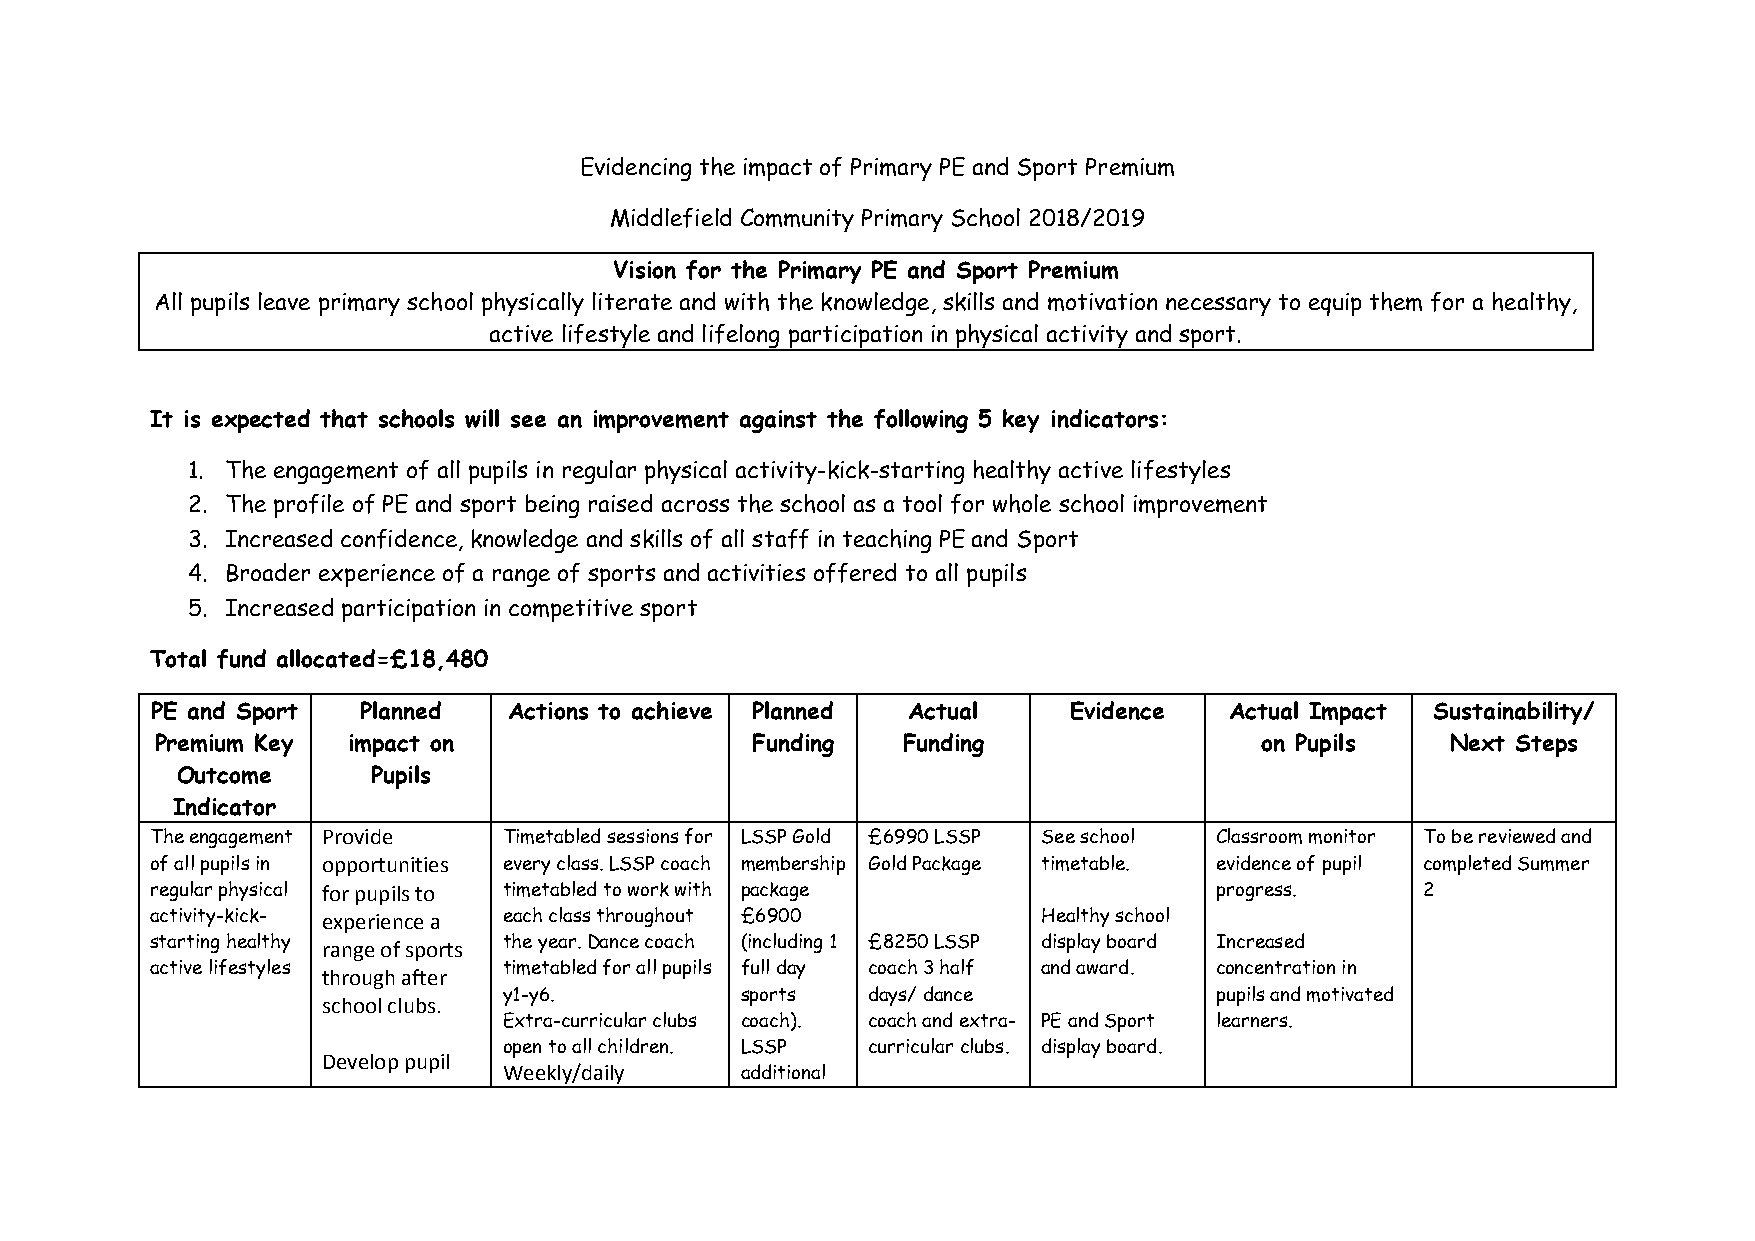
Evidencing the impact of Primary PE and Sport Premium
 Middlefield Community Primary School 2018/2019
 Vision for the Primary PE and Sport Premium
 All pupils leave primary school physically literate and with the knowledge, skills and motivation necessary to equip them for a healthy,
 active lifestyle and lifelong participation in physical activity and sport.
 It is expected that schools will see an improvement against the following 5 key indicators:
 1. The engagement of all pupils in regular physical activity-kick-starting healthy active lifestyles
 2. The profile of PE and sport being raised across the school as a tool for whole school improvement
 3. Increased confidence, knowledge and skills of all staff in teaching PE and Sport
 4. Broader experience of a range of sports and activities offered to all pupils
 5. Increased participation in competitive sport
 Total fund allocated=£18,480
 PE and Sport  Planned   Actions to achieve Planned Actual    Evidence  Actual Impact Sustainability/
 Premium Key  impact on                  Funding   Funding                on Pupils    Next Steps
 Outcome      Pupils
 Indicator
 The engagement Provide Timetabled sessions for LSSP Gold £6990 LSSP See school Classroom monitor To be reviewed and
 of all pupils in opportunities every class. LSSP coach membership Gold Package timetable. evidence of pupil completed Summer
 regular physical for pupils to timetabled to work with package        progress.     2
 activity-kick- experience a each class throughout £6900    Healthy school
 starting healthy range of sports the year. Dance coach (including 1 £8250 LSSP display board Increased
 active lifestyles      timetabled for all pupils full day coach 3 half and award. concentration in
 through after
 y1-y6.          sports  days/ dance            pupils and motivated
 school clubs.
 Extra-curricular clubs coach). coach and extra- PE and Sport learners.
 open to all children. LSSP curricular clubs. display board.
 Develop pupil
 Weekly/daily    additional